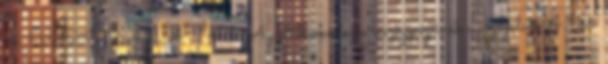
4. VIZSGÁLAT 4.1. Az oltóberendezés részegységeinek a vizsgálata 4.1.2.